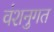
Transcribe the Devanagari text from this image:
वंशनुगत